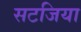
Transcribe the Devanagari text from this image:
सटजिया